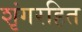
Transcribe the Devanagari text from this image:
शृंगरहित